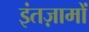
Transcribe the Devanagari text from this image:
इंतज़ामों